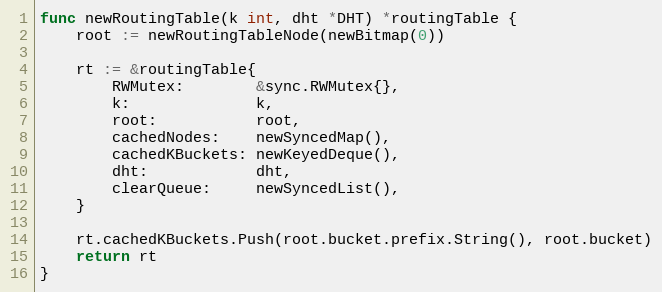
Language: Go
func newRoutingTable(k int, dht *DHT) *routingTable {
	root := newRoutingTableNode(newBitmap(0))

	rt := &routingTable{
		RWMutex:        &sync.RWMutex{},
		k:              k,
		root:           root,
		cachedNodes:    newSyncedMap(),
		cachedKBuckets: newKeyedDeque(),
		dht:            dht,
		clearQueue:     newSyncedList(),
	}

	rt.cachedKBuckets.Push(root.bucket.prefix.String(), root.bucket)
	return rt
}